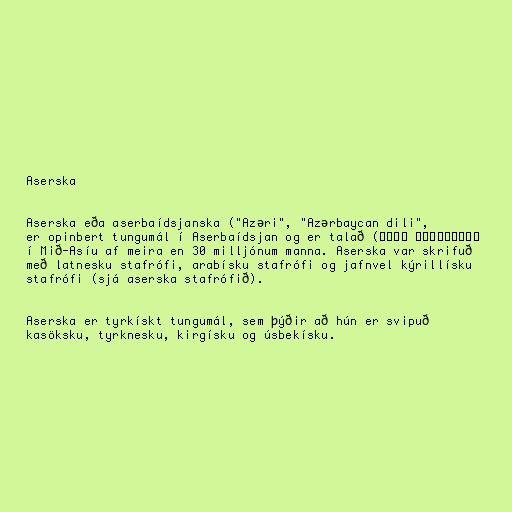
Aserska

Aserska eða aserbaídsjanska ("Azəri", "Azərbaycan dili",
آذربايجان ديلی) er opinbert tungumál í Aserbaídsjan og er talað
í Mið-Asíu af meira en 30 milljónum manna. Aserska var skrifuð
með latnesku stafrófi, arabísku stafrófi og jafnvel kýrillísku
stafrófi (sjá aserska stafrófið).

Aserska er tyrkískt tungumál, sem þýðir að hún er svipuð
kasöksku, tyrknesku, kirgísku og úsbekísku.